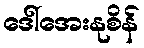
ဒေါ်အေးနုစိန်